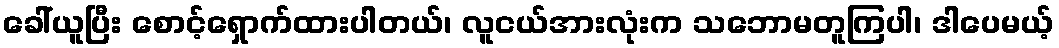
ခေါ်ယူပြီး စောင့်ရှောက်ထားပါတယ်၊ လူငယ်အားလုံးက သဘောမတူကြပါ၊ ဒါပေမယ့်